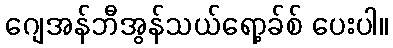
ဂျေအန်ဘီအွန်သယ်ရော့ခ်စ် ပေးပါ။